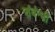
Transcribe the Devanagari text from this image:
संबंन्धी